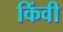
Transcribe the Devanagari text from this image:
किंवी